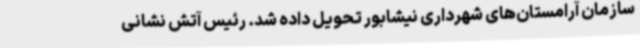
سازمان آرامستان‌های شهرداری نیشابور تحویل داده شد. رئیس آتش نشانی